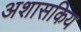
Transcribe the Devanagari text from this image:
अशासकिय